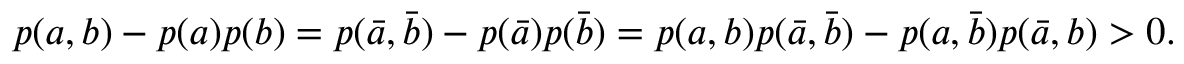
\begin{array} { r } { p ( a , b ) - p ( a ) p ( b ) = p ( \bar { a } , \bar { b } ) - p ( \bar { a } ) p ( \bar { b } ) = p ( a , b ) p ( \bar { a } , \bar { b } ) - p ( a , \bar { b } ) p ( \bar { a } , b ) > 0 . } \end{array}